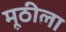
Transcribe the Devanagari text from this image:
मूठीला